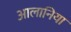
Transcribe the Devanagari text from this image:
आलानिया